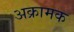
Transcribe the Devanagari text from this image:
अक्रामक